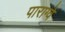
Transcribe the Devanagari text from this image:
पाराग्वे